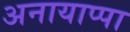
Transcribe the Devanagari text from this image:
अनायाप्पा